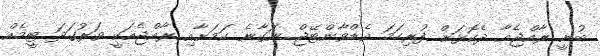
ބުނީ ރާއްޖެއާ ދެކޮޅަށް ފުރިހަމަ އެޑްވާންޓޭޖް ނަގާނެ ކަމަށާއި ރާއްޖެއަކީ ވަރުގަދަ ޓީމެއް